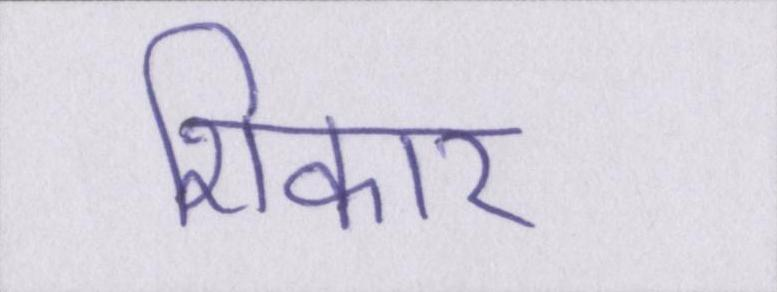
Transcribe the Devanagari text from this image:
शिकार